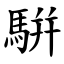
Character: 騈